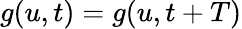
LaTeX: g(u,t)=g(u,t+T)